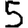
Digit: 5